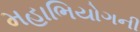
મહાભિયોગની